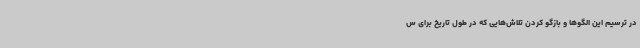
در ترسیم این الگوها و بازگو کردن تلاش‌هایی که در طول تاریخ برای س